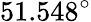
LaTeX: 51.548^{\circ}